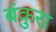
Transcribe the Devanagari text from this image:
बंकुरा